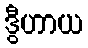
ဒွီဟာယ